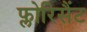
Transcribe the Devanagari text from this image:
फ्लोरिसैंट